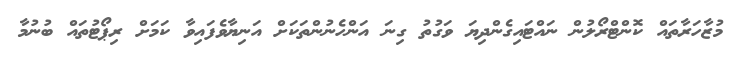
މުޒާހަރާތައް ކޮންޓްރޯލުން ނައްޓައިގެންދިޔަ ވަގުތު ގިނަ އަންހެނުންތަކަށް އަނިޔާވެފައިވާ ކަމަށް ރިޕޯޓުތައް ބުނުމާ